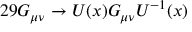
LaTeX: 2 9 G _ { \mu \nu } \rightarrow U ( x ) G _ { \mu \nu } U ^ { - 1 } ( x )